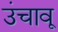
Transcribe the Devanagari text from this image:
उंचावू